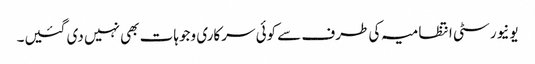
یونیورسٹی انتظامیہ کی طرف سے کوئی سرکاری وجوہات بھی نہیں دی گئیں۔